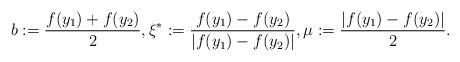
LaTeX: \begin{align*}b := \frac{f(y_1)+f(y_2)}{2}, \xi^* := \frac{f(y_1) - f(y_2)}{|f(y_1) - f(y_2)|}, \mu := \frac{|f(y_1) - f(y_2)|}{2}.\end{align*}